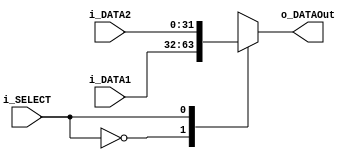
module riscv_mux(i_DATA1, i_DATA2, i_SELECT, o_DATAOut);
	parameter BUS_WIDTH = 32;
	
	input i_SELECT;
	input [BUS_WIDTH-1:0] i_DATA1;
	input [BUS_WIDTH-1:0] i_DATA2;

	output [BUS_WIDTH-1:0] o_DATAOut;

	always @*
		begin
			case(i_SELECT)
				1'b0: o_DATAOut = i_DATA1;
				1'b1: o_DATAOut = i_DATA2;
			endcase
		end

endmodule